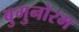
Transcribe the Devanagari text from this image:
बुगुनोरम